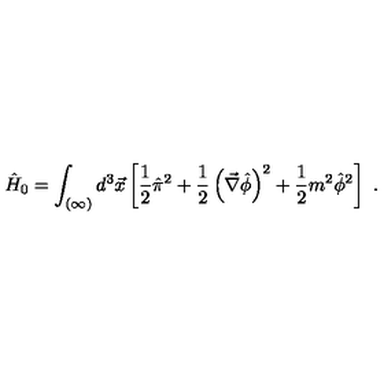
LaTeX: \hat { H } _ { 0 } = \int _ { ( \infty ) } d ^ { 3 } \vec { x } \left[ \frac { 1 } { 2 } \hat { \pi } ^ { 2 } + \frac { 1 } { 2 } \left( \vec { \nabla } \hat { \phi } \right) ^ { 2 } + \frac { 1 } { 2 } m ^ { 2 } \hat { \phi } ^ { 2 } \right] \ .